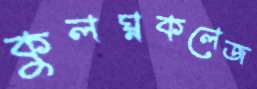
কুলঘ্নকলেজ